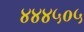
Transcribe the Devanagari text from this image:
४४४५०५